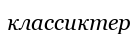
классиктер